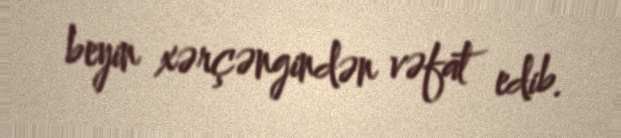
beyin xərçəngindən vəfat edib.